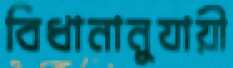
বিধানানুযায়ী